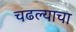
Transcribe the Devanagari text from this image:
चढल्याचा